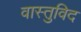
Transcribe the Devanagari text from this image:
वास्‍तुविद